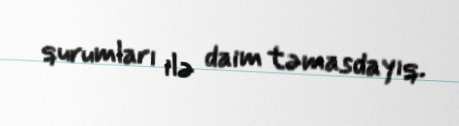
qurumları ilə daim təmasdayıq.